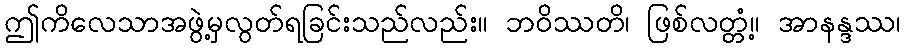
ဤကိလေသာအဖွဲ့မှလွတ်ရခြင်းသည်လည်း။ ဘဝိဿတိ၊ ဖြစ်လတ္တံ့။ အာနန္ဒဿ၊